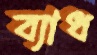
ব্যাধ